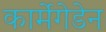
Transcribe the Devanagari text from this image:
कार्मेगेडेन